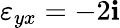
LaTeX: \varepsilon_{yx}=-2\mathbf{i}